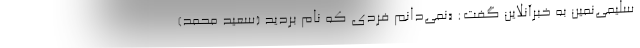
سلیمی‌نمین به خبرآنلاین گفت: «نمی‌دانم فردی که نام بردید (سعید محمد)